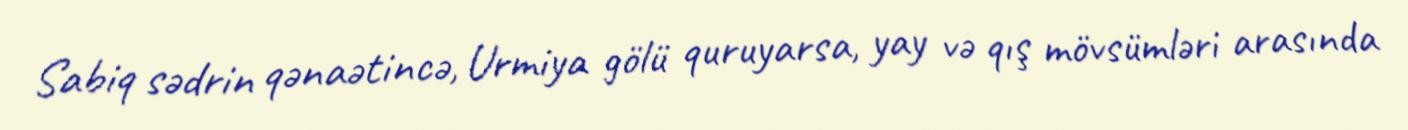
Sabiq sədrin qənaətincə, Urmiya gölü quruyarsa, yay və qış mövsümləri arasında